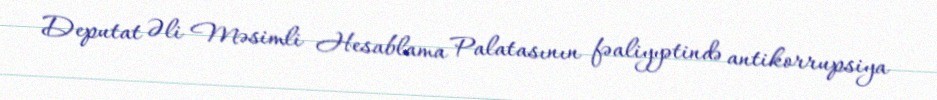
Deputat Əli Məsimli Hesablama Palatasının fəaliyyətində antikorrupsiya